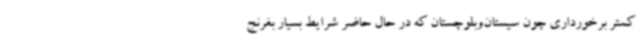
کمتر برخورداری چون سیستان‌وبلوچستان که در حال حاضر شرایط بسیار بغرنج